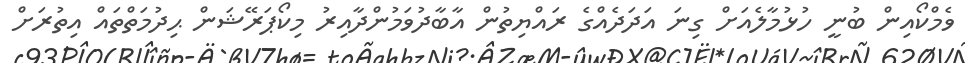
ވެމްކޯއިން ބުނީ ހުޅުމާލެއަށް ގިނަ އަދަދެއްގެ ރައްޔިތުން އާބާދުވަމުންދާއިރު މިކޯޕަރޭޝަން ޙިދުމަތްތައް އިތުރަށް